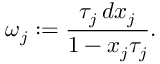
\omega _ { j } : = \frac { \tau _ { j } \, d x _ { j } } { 1 - x _ { j } \tau _ { j } } .